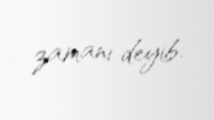
zamanı deyib.